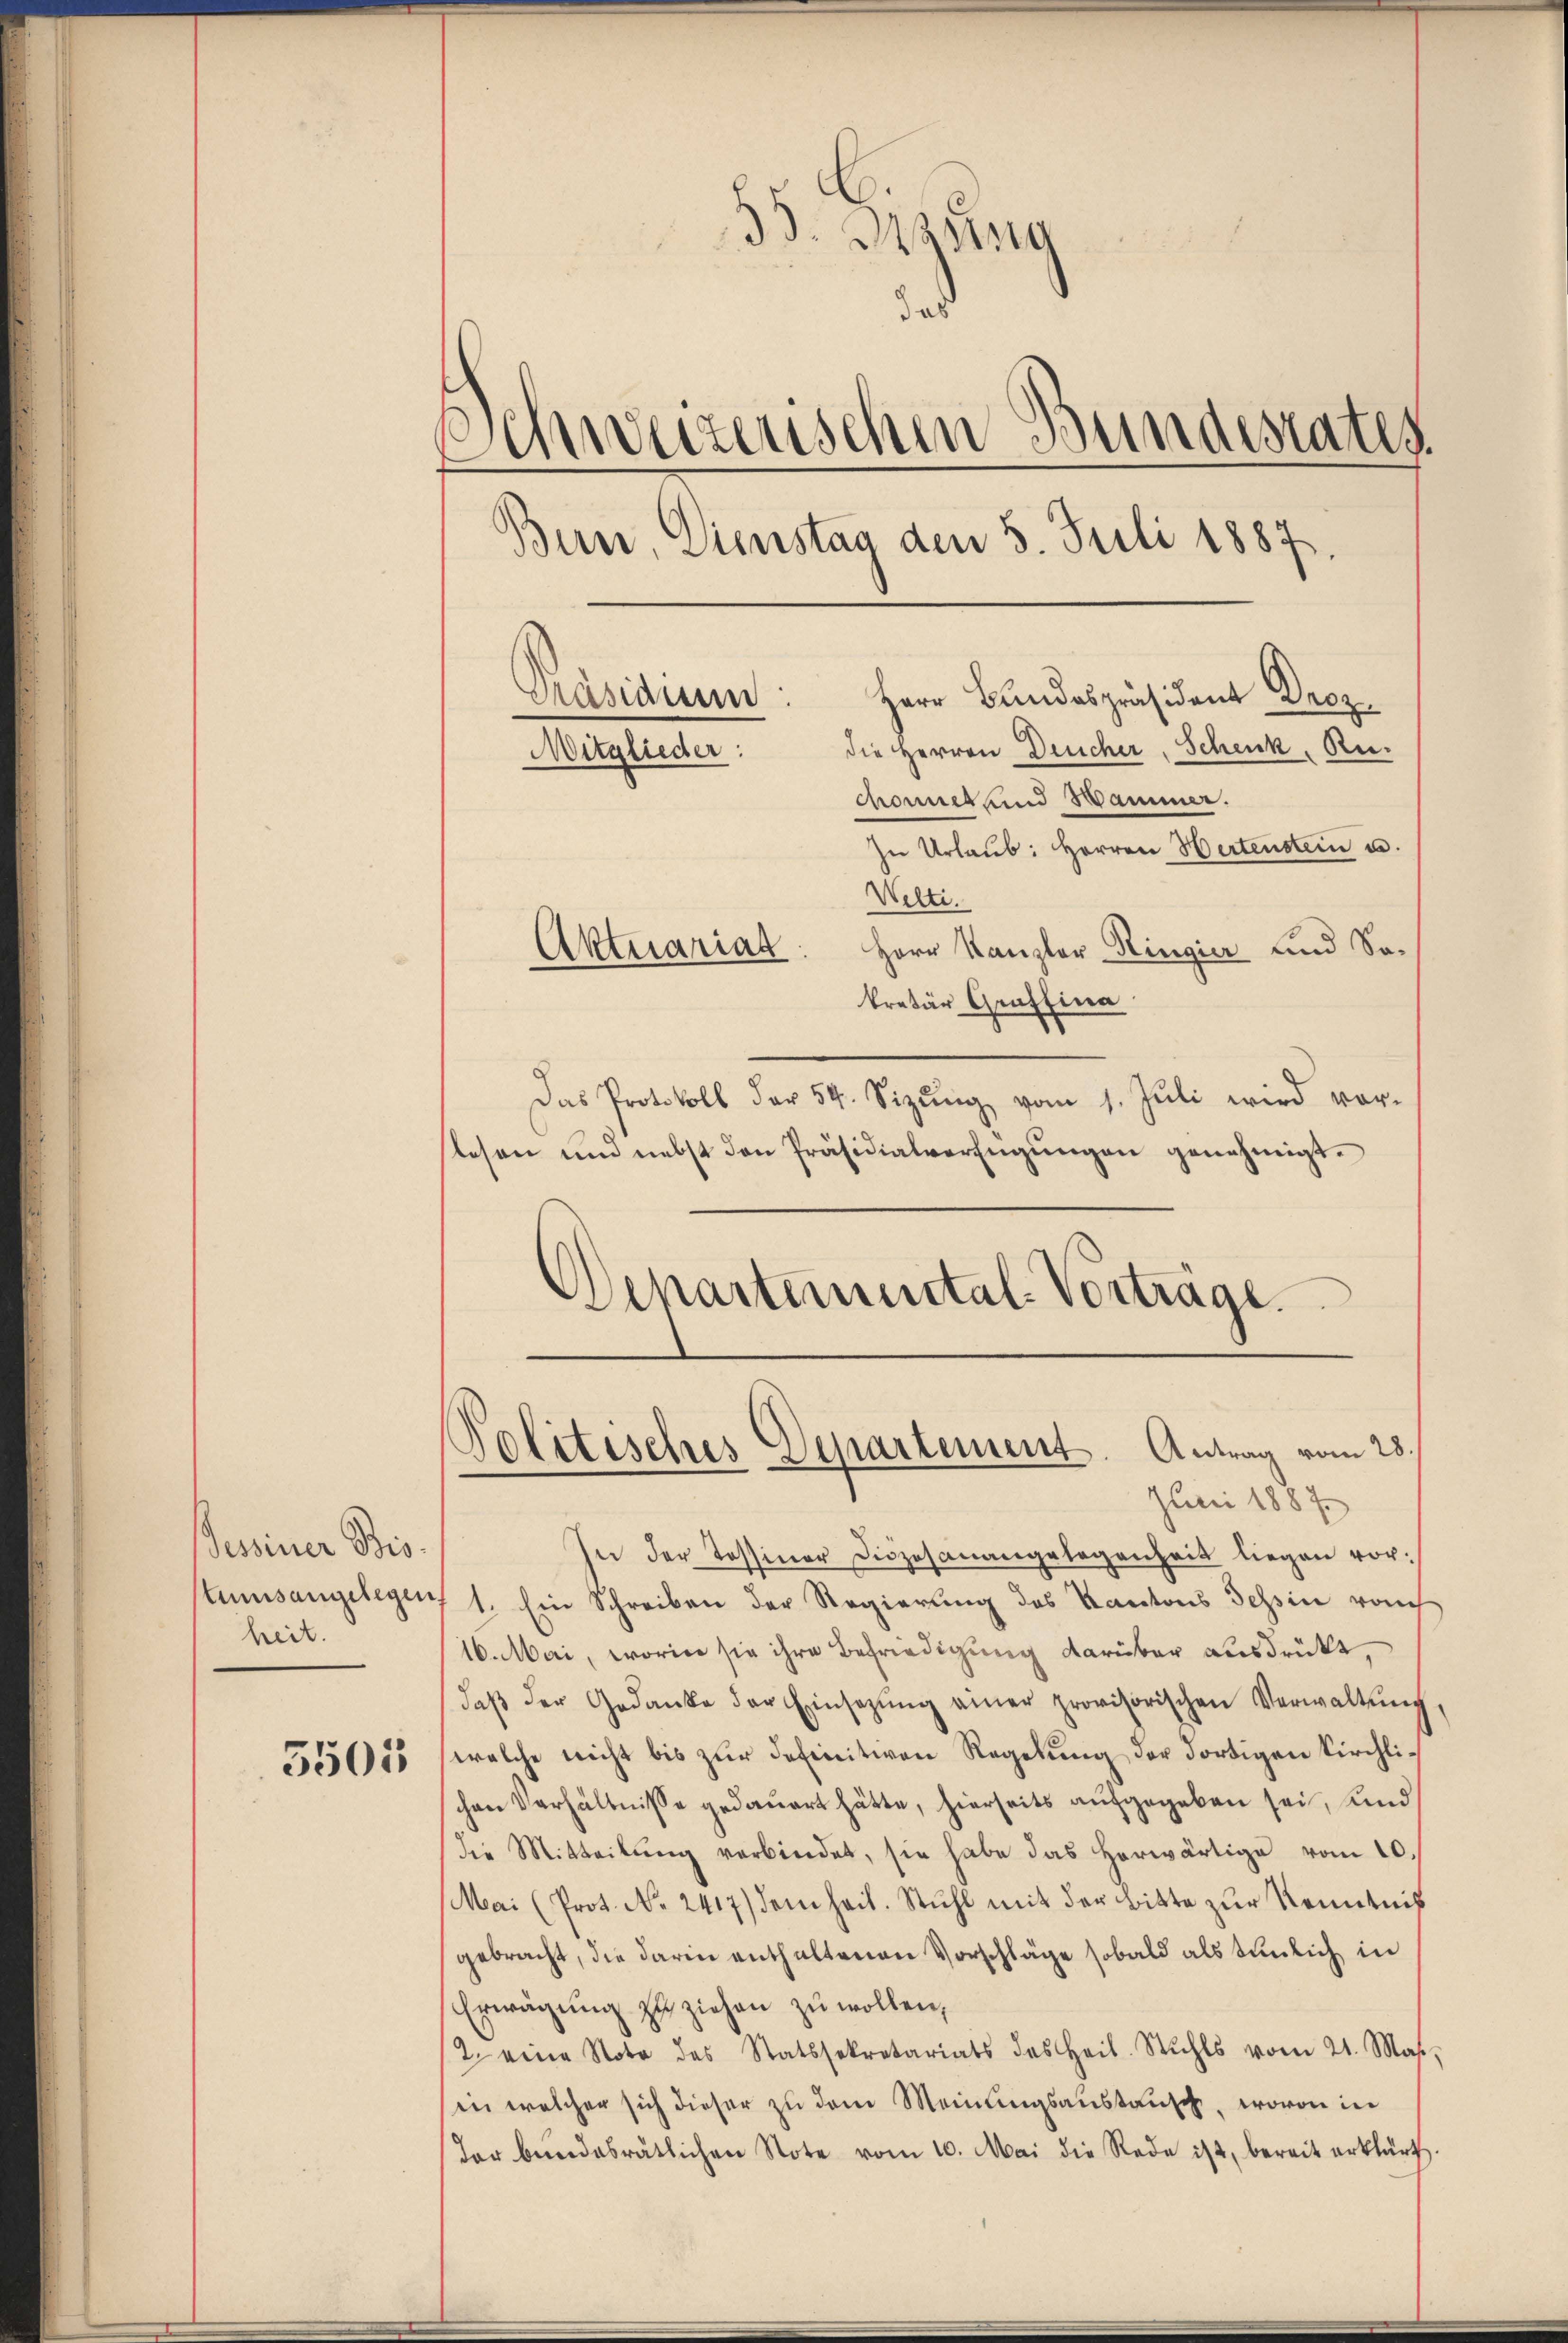
Sessiner Bis
heit.

5505

35. Jung
das
Schweizerischen Bundesrates
Bun, Dienstag den 5. Juli 1887.
Grasiauun
Herr Bundespräsident Droz.
die Herren Deucher, Schenk, Re¬
Mitglieder:
chonnet und Hammer.

Welti.
Das Protokoll der 54. Sizŭng vom 1. Jŭli wird vor-
lesen und nebst den Präsidialverfügŭngen genehmigt.
Departemental-Vorträge.

Aktuariat

In Urlaub: Herren Wertenstein u.
Herr Kanzler Ringier und Sokretär Graffina

Politisches Departement. Antrag vom 28.
Juni 1887

In der Tessiner Diözesanangelegenheit liegen vorstumsangeleger, 1. Ein Schreiben der Regierung des Kantons Tessin rauch
16. Mai, worin sie ihre Befriedigung darüber ausdrückt,
daβ der Gedanke der Einsezŭng einer provisorischen Verwaltung
welche nicht bis zur definitiven Regelung der dortigen Kirchlichen Verhältnisse gedauert hätte, hierseits aufgegeben sei, und
Die Mitteilŭng verbindet, sie habe das herwärtige vom 10.
Mai (Prot. No. 2417) dem heit. Stuhl mit der Bitte zŭr Kenntnis
gebracht, die darin enthaltenen Vorschläge sobald als tunlich in
Erwägung zu ziehen zu wollen,
2. eine Note des Statssekretariats des Heil. Stuhls vom 21. Mas-
in welcher sich dieser zŭ dem Meinŭngsanstausch, wovon in
der bundesrätlichen Note vom 10. Mai die Rede ist, bereit erklärt.